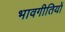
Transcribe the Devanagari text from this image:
भावगीतियों